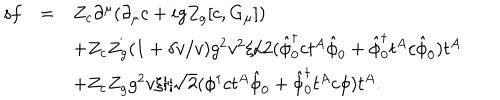
\begin{array} { r c l } { { { \sf s } f } } & { { = } } & { { Z _ { c } \partial ^ { \mu } ( \partial _ { \mu } c + i g Z _ { g } [ c , G _ { \mu } ] ) } } \\ { { } } & { { } } & { { + Z _ { c } Z _ { g } ( 1 + \delta v / v ) g ^ { 2 } v ^ { 2 } \xi / 2 ( \hat { \phi } _ { 0 } ^ { \dagger } c t ^ { A } \hat { \phi } _ { 0 } + \hat { \phi } _ { 0 } ^ { \dagger } t ^ { A } c \hat { \phi } _ { 0 } ) t ^ { A } } } \\ { { } } & { { } } & { { + Z _ { c } Z _ { g } g ^ { 2 } v \xi / \sqrt { 2 } ( \phi ^ { \dagger } c t ^ { A } \hat { \phi } _ { 0 } + \hat { \phi } _ { 0 } ^ { \dagger } t ^ { A } c \phi ) t ^ { A } . } } \\ \end{array}